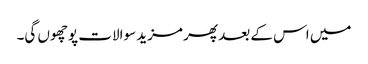
میں اس کے بعد پھر مزید سوالات پوچھوں گی۔